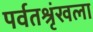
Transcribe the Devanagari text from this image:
पर्वतश्रृंखला